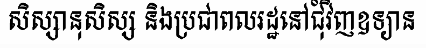
សិស្សានុសិស្ស និងប្រជាពលរដ្ឋនៅជុំវិញឧទ្យាន